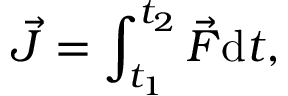
{ \vec { J } } = \int _ { t _ { 1 } } ^ { t _ { 2 } } { { \vec { F } } \mathrm { d } t } ,